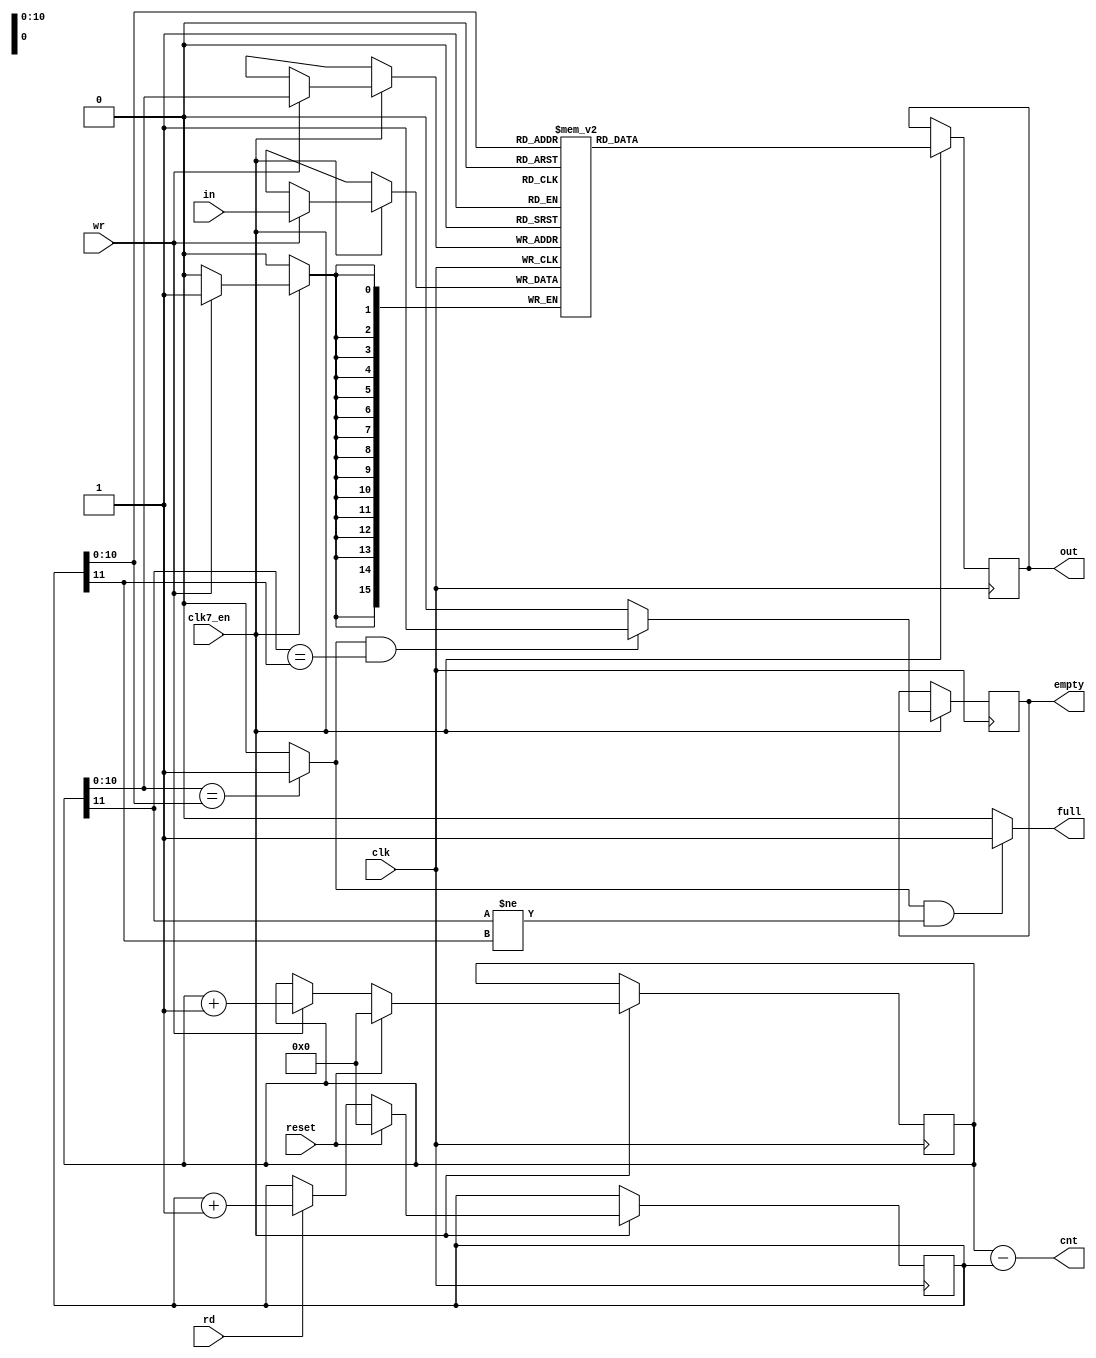
// This program was cloned from: https://github.com/rkrajnc/minimig-mist
// License: GNU General Public License v3.0

//2048 words deep, 16 bits wide, fifo
//data is written into the fifo when wr=1
//reading is more or less asynchronous if you read during the rising edge of clk
//because the output data is updated at the falling edge of the clk
//when rd=1, the next data word is selected 


module paula_floppy_fifo
(
	input 	clk,		    	//bus clock
  input clk7_en,
	input 	reset,			   	//reset 
	input	[15:0] in,			//data in
	output	reg [15:0] out,	//data out
	input	rd,					//read from fifo
	input	wr,					//write to fifo
	output	reg empty,			//fifo is empty
	output	full,				//fifo is full
	output	[11:0] cnt       // number of entries in FIFO
);

//local signals and registers
reg 	[15:0] mem [2047:0];	// 2048 words by 16 bit wide fifo memory (for 2 MFM-encoded sectors)
reg		[11:0] in_ptr;			//fifo input pointer
reg		[11:0] out_ptr;			//fifo output pointer
wire	equal;					//lower 11 bits of in_ptr and out_ptr are equal


// count of FIFO entries
assign cnt = in_ptr - out_ptr;

//main fifo memory (implemented using synchronous block ram)
always @(posedge clk) begin
  if (clk7_en) begin
  	if (wr)
  		mem[in_ptr[10:0]] <= in;
  end
end

always @(posedge clk) begin
  if (clk7_en) begin
  	out=mem[out_ptr[10:0]];
  end
end

//fifo write pointer control
always @(posedge clk) begin
  if (clk7_en) begin
  	if (reset)
  		in_ptr[11:0] <= 0;
  	else if(wr)
  		in_ptr[11:0] <= in_ptr[11:0] + 12'd1;
  end
end

// fifo read pointer control
always @(posedge clk) begin
  if (clk7_en) begin
  	if (reset)
  		out_ptr[11:0] <= 0;
  	else if (rd)
  		out_ptr[11:0] <= out_ptr[11:0] + 12'd1;
  end
end

// check lower 11 bits of pointer to generate equal signal
assign equal = (in_ptr[10:0]==out_ptr[10:0]) ? 1'b1 : 1'b0;

// assign output flags, empty is delayed by one clock to handle ram delay
always @(posedge clk) begin
  if (clk7_en) begin
  	if (equal && (in_ptr[11]==out_ptr[11]))
  		empty <= 1'b1;
  	else
  		empty <= 1'b0;
  end
end
		
assign full = (equal && (in_ptr[11]!=out_ptr[11])) ? 1'b1 : 1'b0;	


endmodule